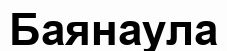
Баянаула